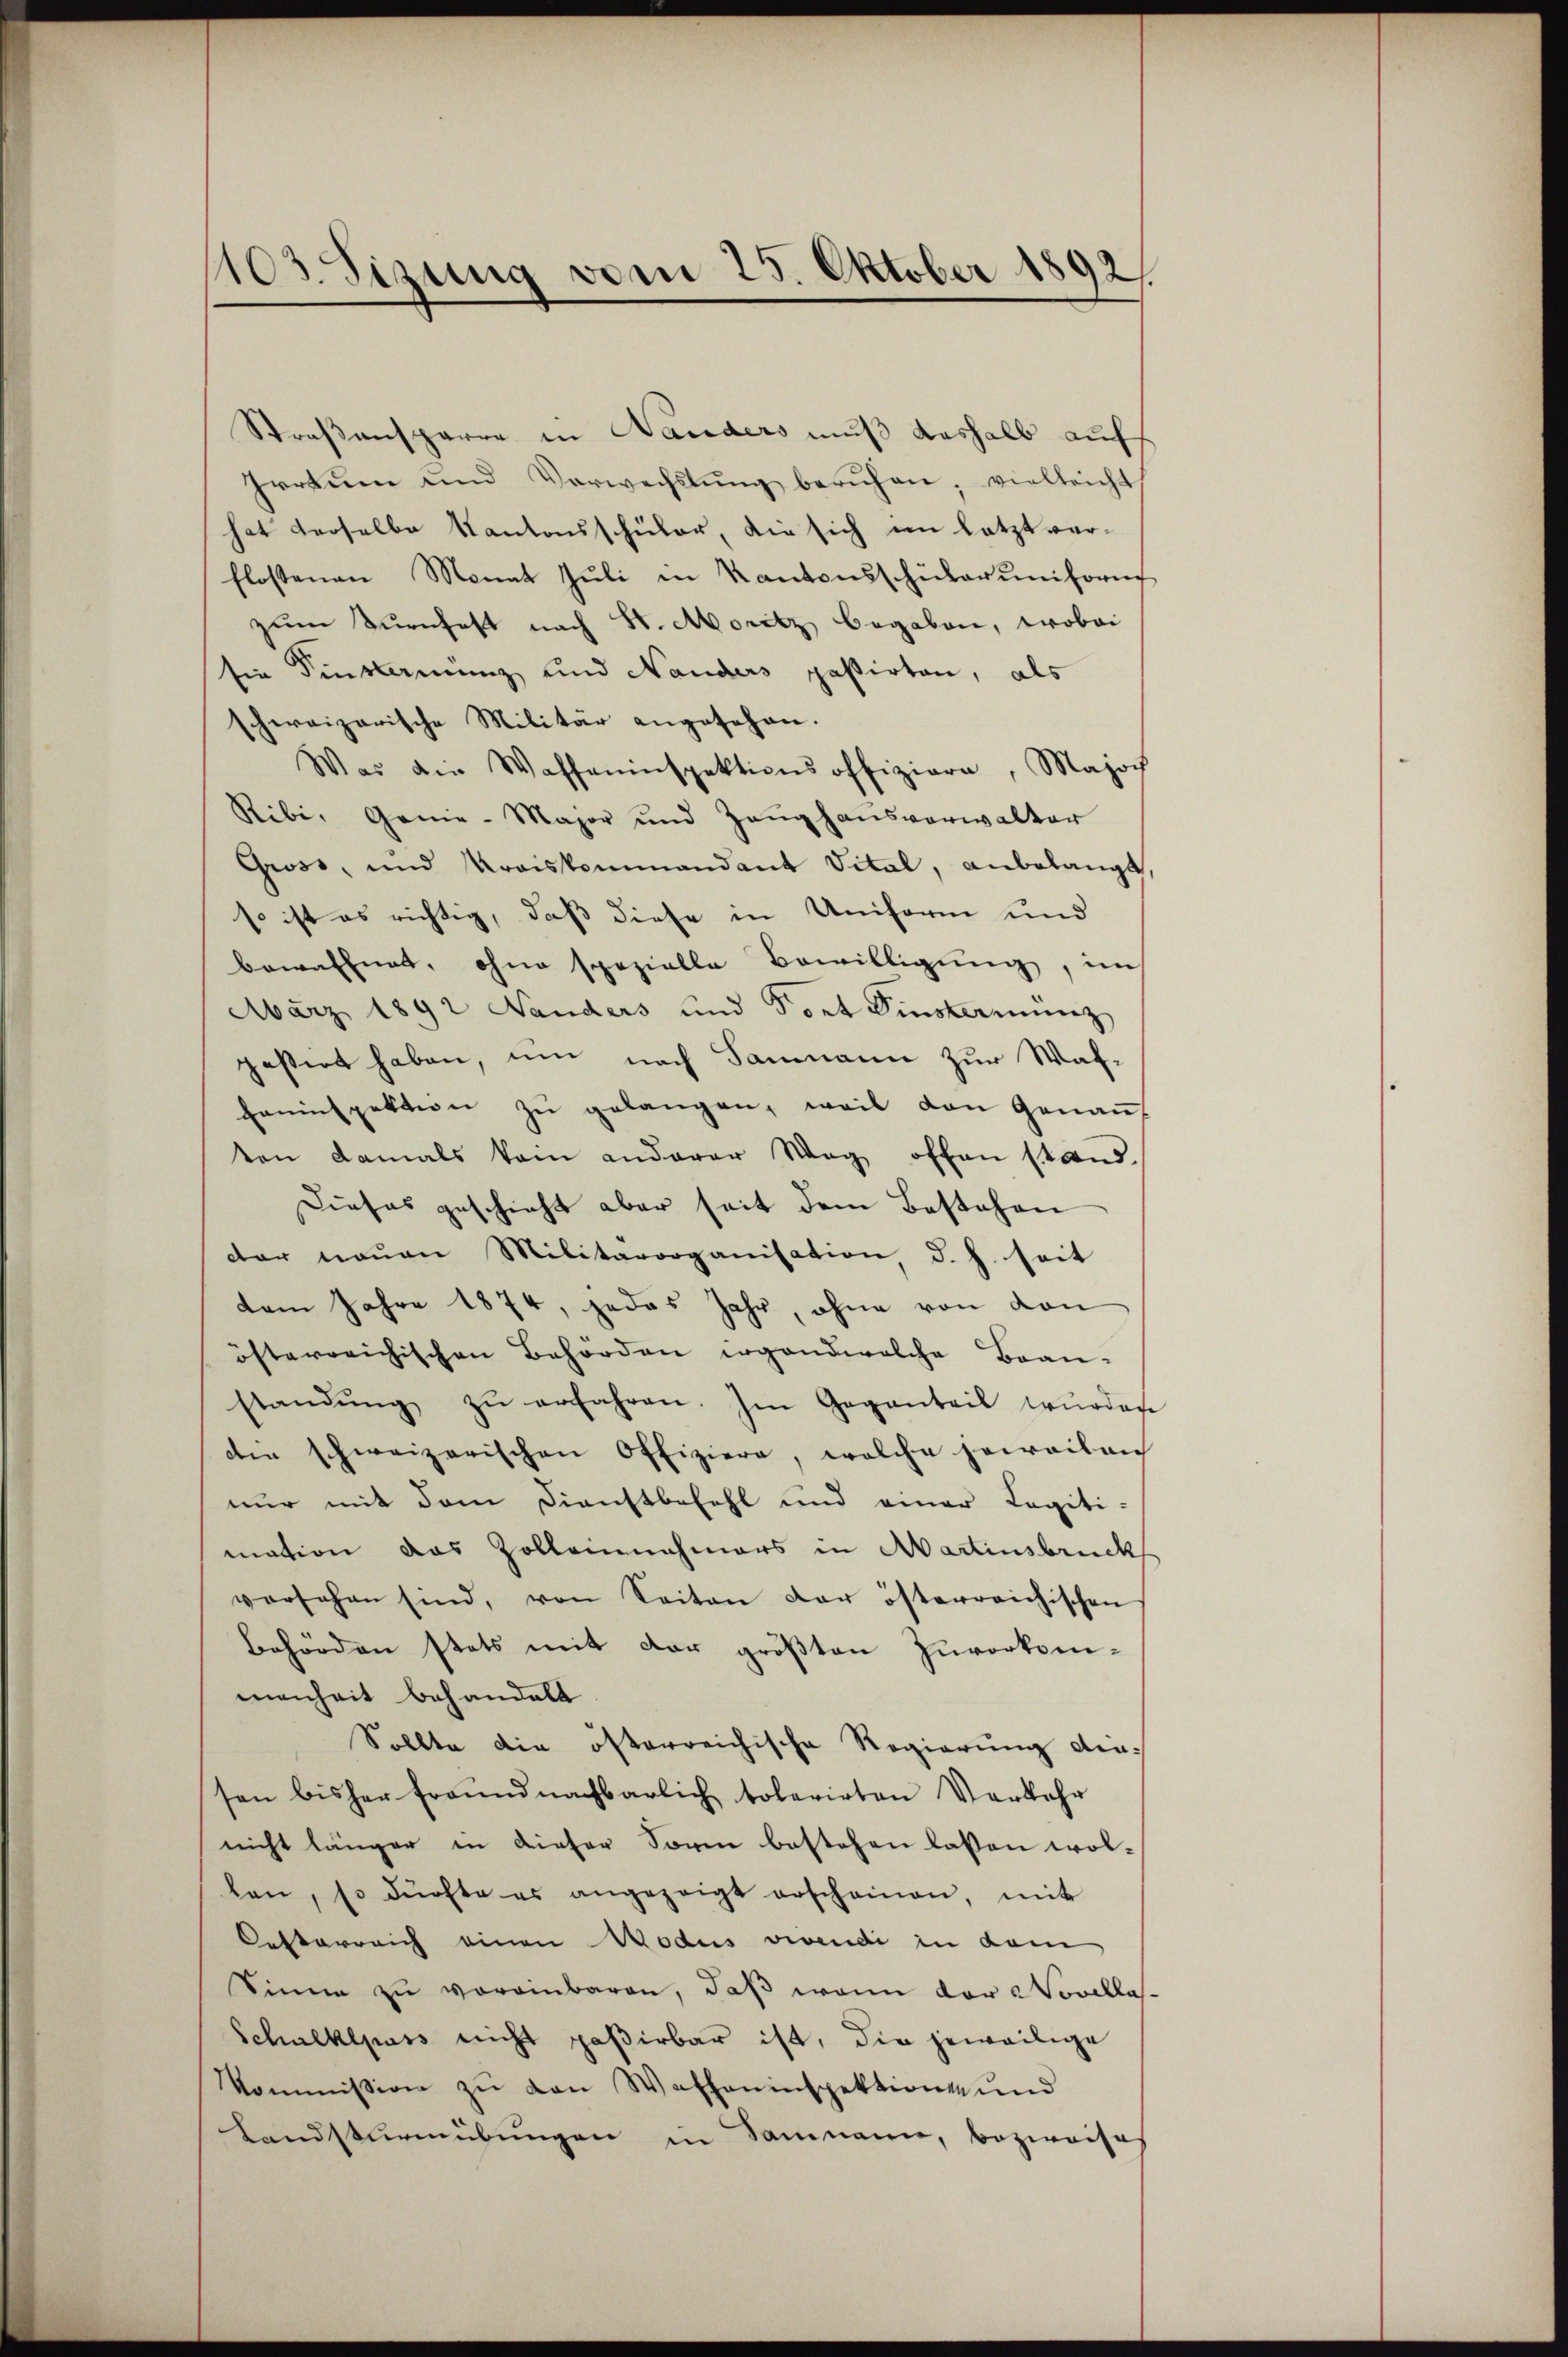
1103. Sizung vom 25. Oktober 1892.

Straßensparre in Handers muß deshalb auf
Irrtum und Verwechstŭng berŭhen; vielleicht
hat derselbe Kantonsschüler, die sich im letzt verflossenen Monat Jŭli in Kantonsschŭlarŭniforn
zŭm Tŭrnhaft nach St. Moritz begaben, wobei
sie Sinklamung und Nanders passirten, als
schweizerische Militär angesehen.
Was die Waffeninspektionsoffiziara, Majoch
Ribi, Genie-Major und Zeŭghaŭsverwalter
Gross, und Kraiskommandant Vital, anbelangt,
so ist es richtig, daß diese in Uniform und
bewaffnet, ohne spezielle Bewilligung, im
März 1892 Handers und Sort Einsterming
gessert haben, um nach Saumann zur Wafheninspektion zŭ gelangen, weil den Genau
ten damals kein anderer Weg offen stand
Dieses geschieht aber seit dem Bestehen
der neuen Militärorganisation, d. h. seit
dem Jahre 1874, jedes Jahr, ohne von den
österreichischen Behörden irgendwelche Bran-
standŭng zŭ erfahren. Im Gegenteil wurdene
die schweizerischen Offiziere, welche jeweilen
nur mit dem Dienstbefehl und einer Legiti-
mation das Zolleinnahmers in Martinsbrucks
versehen sind, von Seiten der österreichischen
Behörden stets mit der größten Zuvorkommenheit behandelt
Sollte die österreichische Regierung den-
sen bisher freundnachbarlich tolerirten Verkehr
nicht länger in dieser Sonne bestehen lassen wol-
len, so dürfte es angezeigt erscheinen, mit
Oesterreich einen Modus vivendi in dam
Sinne zu voreinbaren, daß wenn vor Novellas¬
Schulklpass nicht paßirbar ist, die jeweilige
Kommission zŭ den Watheninspektions und
Landsturmübungen in Sammann, bezweises